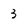
Character: 3